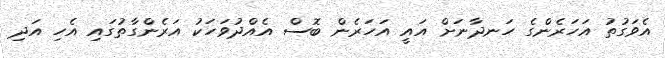
އެވަގުތު އަހަރެންގެ ހަނދާނަށް އައީ އަހަރެން ބޮސް އެއްދުވަހަކު އަރެންގާތުގައި އެހި އަދި